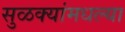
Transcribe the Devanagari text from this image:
सुळक्यांमधल्या